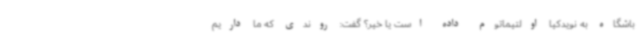
باشگاه به نویدکیا اولتیماتوم داده است یا خیر؟ گفت: روندی که ما داریم